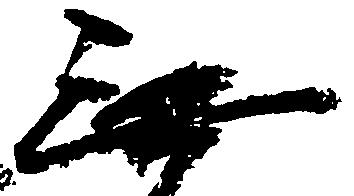
無